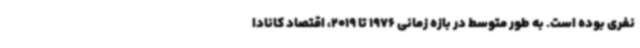
نفری بوده است. به طور متوسط در بازه زمانی 1976 تا 2019، اقتصاد کانادا